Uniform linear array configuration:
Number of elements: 32
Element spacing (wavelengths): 0.25
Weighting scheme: blackman
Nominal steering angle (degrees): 45
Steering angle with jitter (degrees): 45.413
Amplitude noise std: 0.05
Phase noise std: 0.05

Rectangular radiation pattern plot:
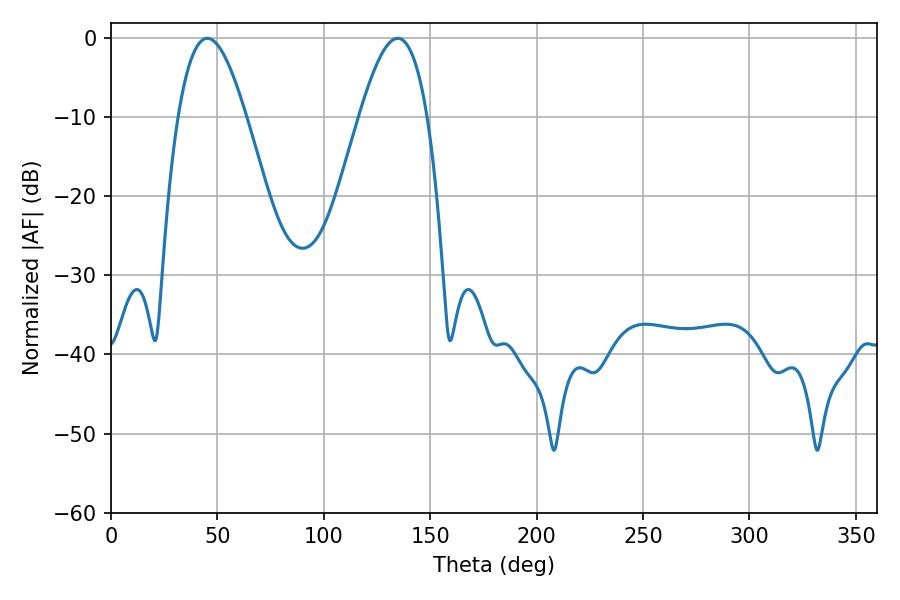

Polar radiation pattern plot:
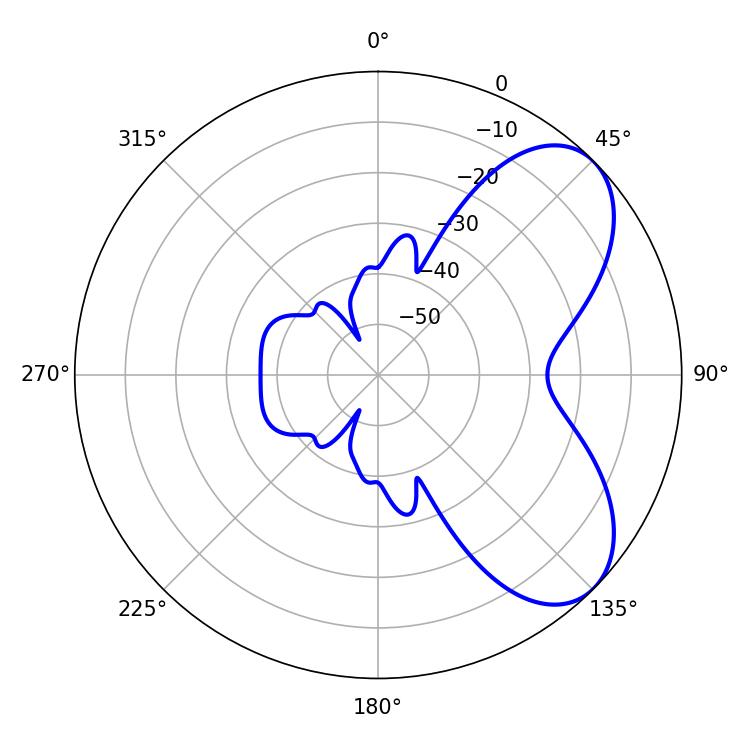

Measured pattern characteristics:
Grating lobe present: FALSE
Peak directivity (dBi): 6.24
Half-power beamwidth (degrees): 17.28
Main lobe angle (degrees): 45.36